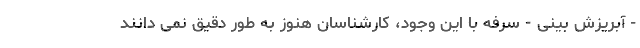
- آبریزش بینی - سرفه با این وجود، کارشناسان هنوز به طور دقیق نمی دانند